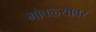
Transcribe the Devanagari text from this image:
भोपळ्यावर